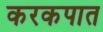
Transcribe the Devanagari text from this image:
करकपात